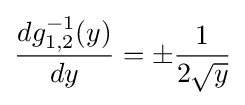
{\frac {dg_{1,2}^{-1}(y)}{dy}}=\pm {\frac {1}{2{\sqrt {y}}}}